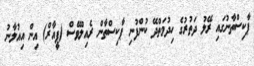
ޕާކިސްތާނުގައި ރޭލު ދަތުރުގެ ހިދުމަތްދޭ ކުންފުނި ޕާކިސްތާން ރެއިލްވޭސް (ޕީއާރް) އިން އިއުލާނު